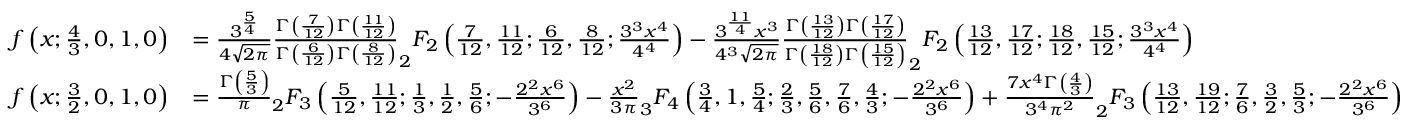
{ \begin{array} { r l } { f \left( x ; { \frac { 4 } { 3 } } , 0 , 1 , 0 \right) } & { = { \frac { 3 ^ { \frac { 5 } { 4 } } } { 4 { \sqrt { 2 \pi } } } } { \frac { \Gamma \left( { \frac { 7 } { 1 2 } } \right) \Gamma \left( { \frac { 1 1 } { 1 2 } } \right) } { \Gamma \left( { \frac { 6 } { 1 2 } } \right) \Gamma \left( { \frac { 8 } { 1 2 } } \right) } } _ { 2 } F _ { 2 } \left( { \frac { 7 } { 1 2 } } , { \frac { 1 1 } { 1 2 } } ; { \frac { 6 } { 1 2 } } , { \frac { 8 } { 1 2 } } ; { \frac { 3 ^ { 3 } x ^ { 4 } } { 4 ^ { 4 } } } \right) - { \frac { 3 ^ { \frac { 1 1 } { 4 } } x ^ { 3 } } { 4 ^ { 3 } { \sqrt { 2 \pi } } } } { \frac { \Gamma \left( { \frac { 1 3 } { 1 2 } } \right) \Gamma \left( { \frac { 1 7 } { 1 2 } } \right) } { \Gamma \left( { \frac { 1 8 } { 1 2 } } \right) \Gamma \left( { \frac { 1 5 } { 1 2 } } \right) } } _ { 2 } F _ { 2 } \left( { \frac { 1 3 } { 1 2 } } , { \frac { 1 7 } { 1 2 } } ; { \frac { 1 8 } { 1 2 } } , { \frac { 1 5 } { 1 2 } } ; { \frac { 3 ^ { 3 } x ^ { 4 } } { 4 ^ { 4 } } } \right) } \\ { f \left( x ; { \frac { 3 } { 2 } } , 0 , 1 , 0 \right) } & { = { \frac { \Gamma \left( { \frac { 5 } { 3 } } \right) } { \pi } } _ { 2 } F _ { 3 } \left( { \frac { 5 } { 1 2 } } , { \frac { 1 1 } { 1 2 } } ; { \frac { 1 } { 3 } } , { \frac { 1 } { 2 } } , { \frac { 5 } { 6 } } ; - { \frac { 2 ^ { 2 } x ^ { 6 } } { 3 ^ { 6 } } } \right) - { \frac { x ^ { 2 } } { 3 \pi } } _ { 3 } F _ { 4 } \left( { \frac { 3 } { 4 } } , 1 , { \frac { 5 } { 4 } } ; { \frac { 2 } { 3 } } , { \frac { 5 } { 6 } } , { \frac { 7 } { 6 } } , { \frac { 4 } { 3 } } ; - { \frac { 2 ^ { 2 } x ^ { 6 } } { 3 ^ { 6 } } } \right) + { \frac { 7 x ^ { 4 } \Gamma \left( { \frac { 4 } { 3 } } \right) } { 3 ^ { 4 } \pi ^ { 2 } } } _ { 2 } F _ { 3 } \left( { \frac { 1 3 } { 1 2 } } , { \frac { 1 9 } { 1 2 } } ; { \frac { 7 } { 6 } } , { \frac { 3 } { 2 } } , { \frac { 5 } { 3 } } ; - { \frac { 2 ^ { 2 } x ^ { 6 } } { 3 ^ { 6 } } } \right) } \end{array} }